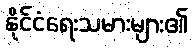
နိုင်ငံရေးသမားများ၏